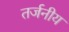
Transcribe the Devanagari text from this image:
तर्जनीय